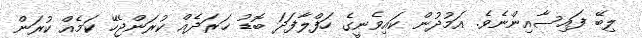
ލިބޭ ފައިސާއިންނެވެ. އަމުދުން ކައިވެނީގެ ހަފްލާފަދަ ބޮޑު ޚަރަދެއް ކުރަންޖެހޭ ކަމެއް ކުރަން